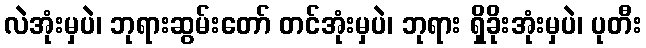
လဲအုံးမှပဲ၊ ဘုရားဆွမ်းတော် တင်အုံးမှပဲ၊ ဘုရား ရှိခိုးအုံးမှပဲ၊ ပုတီး